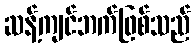
ဆန့်ကျင်ဘက်ဖြစ်သည်